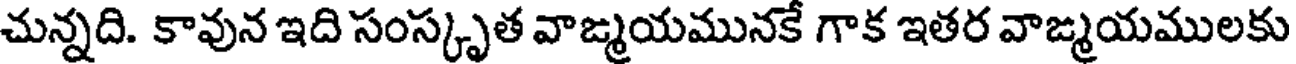
చున్నది. కావున ఇది సంస్కృత వాఙ్మయమునకే గాక ఇతర వాఙ్మయములకు